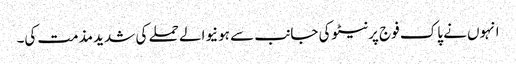
انہوں نے پاک فوج پرنیٹوکی جانب سے ہونیوالے حملے کی شدید مذمت کی۔